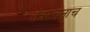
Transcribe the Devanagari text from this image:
तंत्ररचनाच